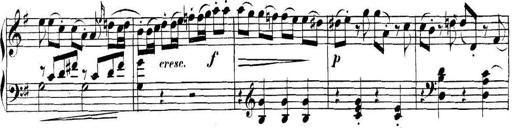
Title: Collected Piano Sonatas
Composer: Muzio Clementi